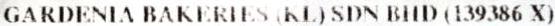
GARDENIA BAKERIES (KL) SDN BHD (139386 X)